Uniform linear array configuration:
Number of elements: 4
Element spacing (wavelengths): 0.75
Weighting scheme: binomial
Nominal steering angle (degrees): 15
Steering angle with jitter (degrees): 15.509
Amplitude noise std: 0.05
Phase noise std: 0.05

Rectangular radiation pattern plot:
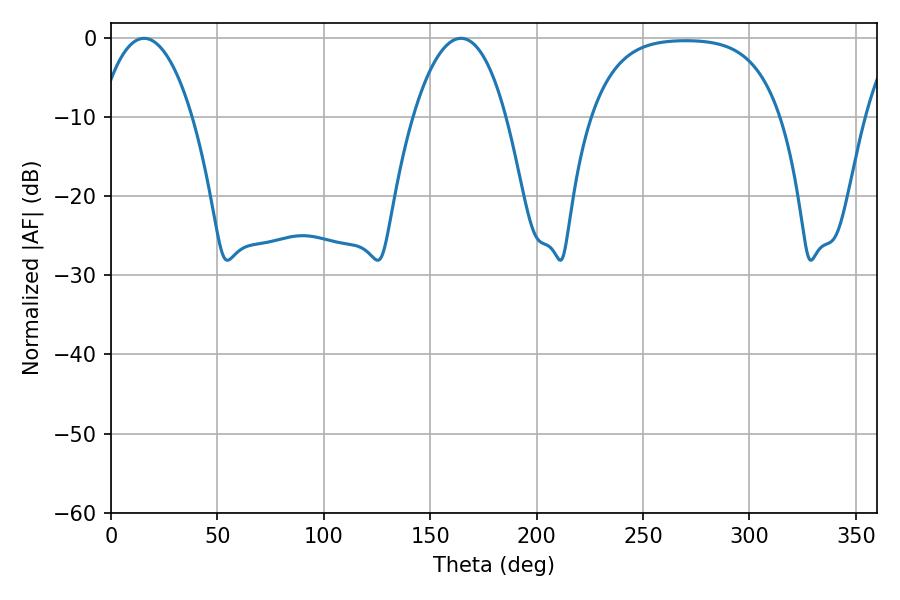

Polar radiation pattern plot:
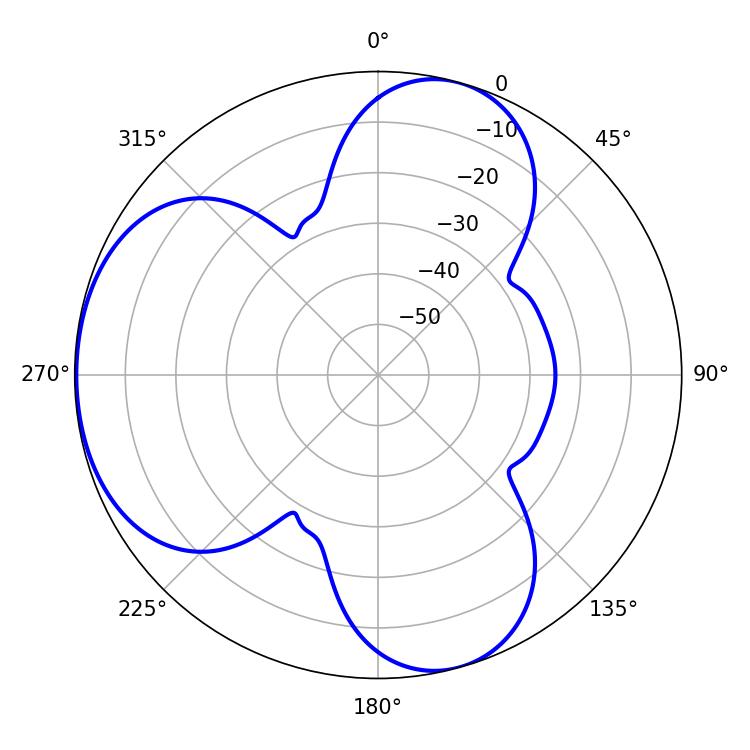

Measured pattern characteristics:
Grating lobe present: TRUE
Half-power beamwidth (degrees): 24.3
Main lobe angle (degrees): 15.48